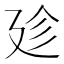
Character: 𢌝